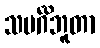
သမင်္ဂိဘူတာ